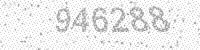
Solution: 946288